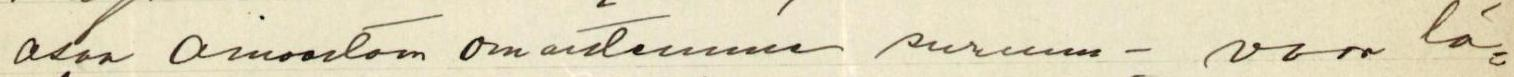
osaa ainoastaan omaistemme suruun - vaan lä-